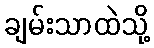
ချမ်းသာထဲသို့